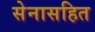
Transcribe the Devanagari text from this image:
सेनासहित